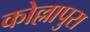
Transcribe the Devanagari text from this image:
कोल्लापुरा